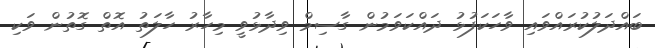
ބައްދަލުކުރައްވައި ވާހަކަފުޅު ދައްކަވަމުން ގާސިމް ވިދާޅުވީ މިހާރު ހާލަތު އޮތް ގޮތުން ވަކި